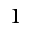
1